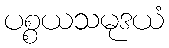
ပစ္စယသမုဒယံ